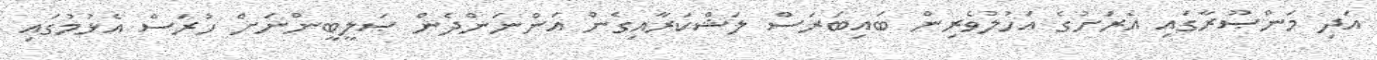
އަދި މަންޞޫރާގައި އެރަށުގެ އަހުލުވެރިން ބައިބަރަސް ލަޝްކަރާއިގެން އަންނަންދެން ޞަލީބީންނަށް ހުރަސް އެޅުމުގައި